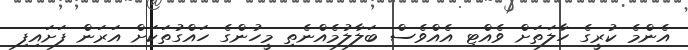
އެންމެ ކުރީގެ ހާލަތަށް ވެއްޓި އެއްވެސް ބަލާލުމެއްނެތި މީހުންގެ ހައްގުތަކަށް އަރަން ފަށައިފި